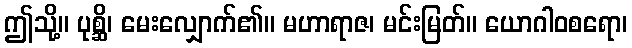
ဤသို့။ ပုစ္ဆိ၊ မေးလျှောက်၏။ မဟာရာဇ၊ မင်းမြတ်။ ယောဂါဝစရော၊